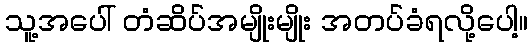
သူ့အပေါ် တံဆိပ်အမျိုးမျိုး အတပ်ခံရလို့ပေါ့။